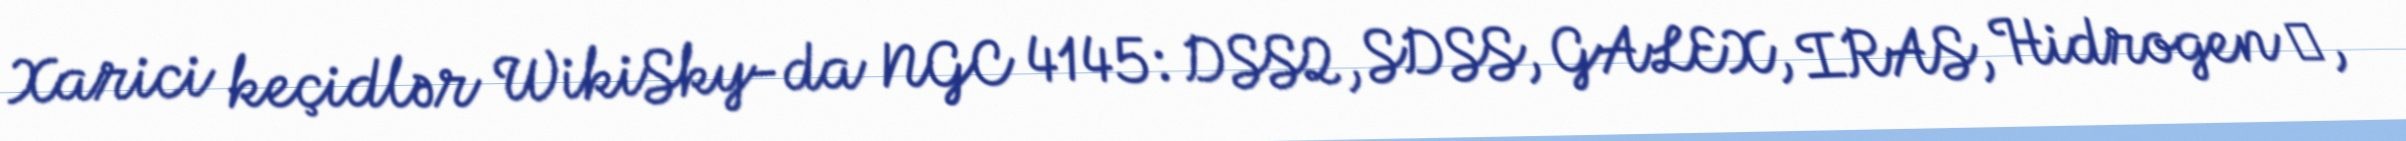
Xarici keçidlər WikiSky-da NGC 4145: DSS2, SDSS, GALEX, IRAS, Hidrogen α,